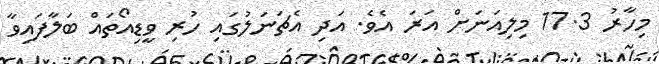
މިހާރު 17.3 މިލިއަނަށް އަރަ އެވެ. އަދި އެޗަނަލުގައި ހުރި ވީޑިއޯތައް ބަލާފައިވާ